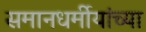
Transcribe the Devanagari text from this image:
समानधर्मीयांच्या